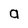
Character: a